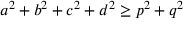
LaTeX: a ^ { 2 } + b ^ { 2 } + c ^ { 2 } + d ^ { 2 } \geq p ^ { 2 } + q ^ { 2 }